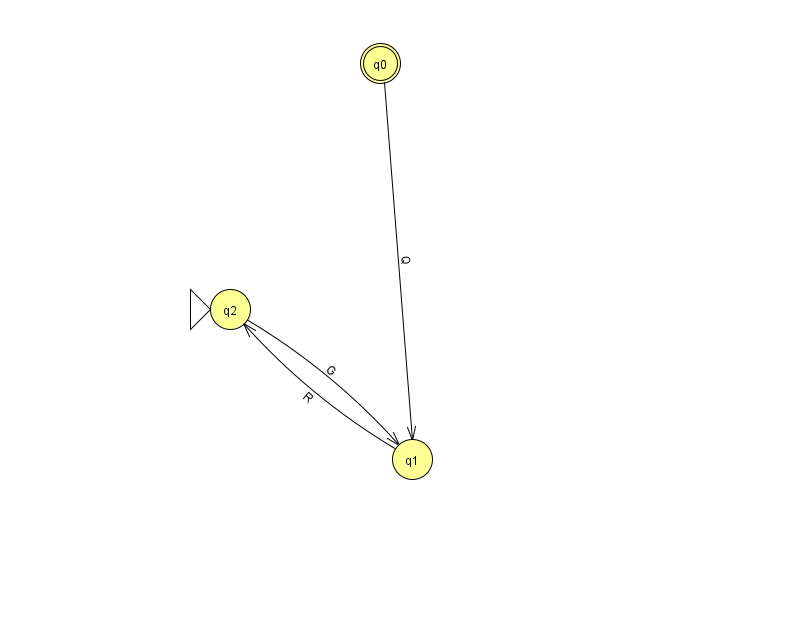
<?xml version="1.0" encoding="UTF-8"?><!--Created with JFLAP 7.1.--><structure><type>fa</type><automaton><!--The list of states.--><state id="0" name="q0"><x>380.0</x><y>50.0</y><final/></state><state id="1" name="q1"><x>412.0</x><y>446.0</y></state><state id="2" name="q2"><x>230.0</x><y>296.0</y><initial/></state><!--The list of transitions.--><transition><from>1</from><to>2</to><read>R</read></transition><transition><from>2</from><to>1</to><read>G</read></transition><transition><from>0</from><to>1</to><read>Q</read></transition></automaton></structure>